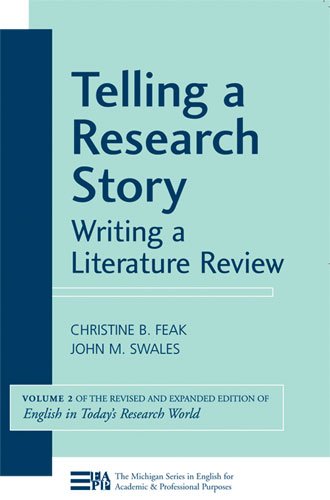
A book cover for Telling a Research Story: Writing a Literature Review (Michigan Series in English for Academic & Professional Purposes); Christine Feak; Reference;